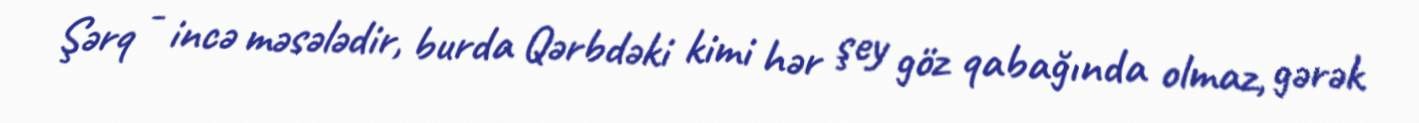
Şərq - incə məsələdir, burda Qərbdəki kimi hər şey göz qabağında olmaz, gərək